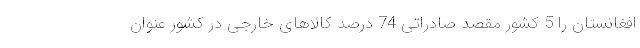
افغانستان را 5 کشور مقصد صادراتی 74 درصد کالاهای خارجی در کشور عنوان